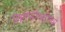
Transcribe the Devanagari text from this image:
प्रश्नाभोवतीच्या